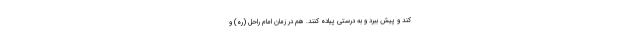
کند و پیش ببرد و به درستی پیاده کنند. هم در زمان امام راحل (ره) و